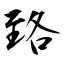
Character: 臵